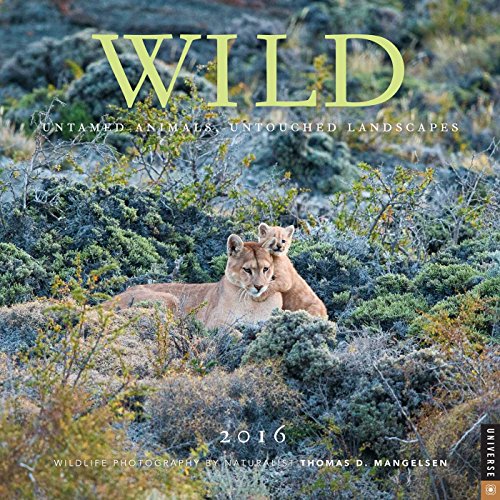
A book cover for Wild 2016 Wall Calendar: Untamed Animals, Untouched Landscapes; Calendars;